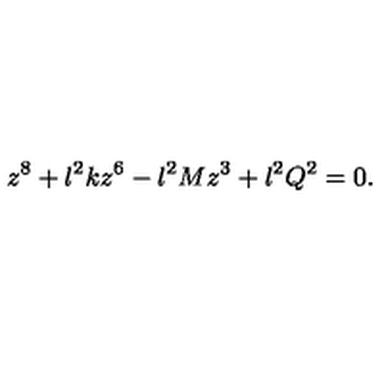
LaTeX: z ^ { 8 } + l ^ { 2 } k z ^ { 6 } - l ^ { 2 } M z ^ { 3 } + l ^ { 2 } Q ^ { 2 } = 0 .